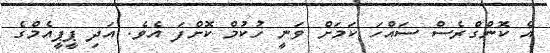
އެ ކޮންގްރެސް ސައްހަ ކަމަށް ވަނީ ހުކުމް ކޮށްފަ އެވެ. އަދި ޕީޕީއެމްގެ